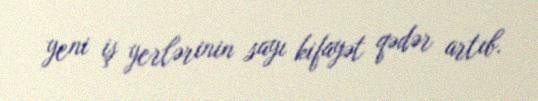
yeni iş yerlərinin sayı kifayət qədər artıb.